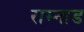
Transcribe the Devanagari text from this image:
राम्नाड